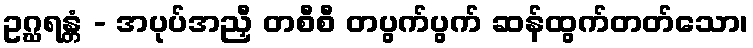
ဥဂ္ဃရန္တံ - အပုပ်အညှီ တစီစီ တပွက်ပွက် ဆန်ထွက်တတ်သော၊